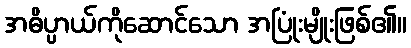
အဓိပ္ပာယ်ကိုဆောင်သော အပြုံးမျိုးဖြစ်၏။